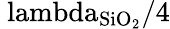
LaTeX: \mathrm{\ lambda_{SiO_{2}}/4}